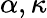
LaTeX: \alpha,\kappa